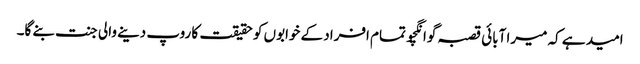
امید ہے کہ میرا آبائی قصبہ گوانگچو تمام افراد کے خوابوں کو حقیقت کا روپ دینے والی جنت بنے گا۔